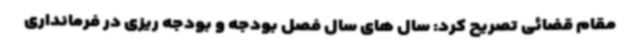
مقام قضائی تصریح کرد: سال های سال فصل بودجه و بودجه ریزی در فرمانداری